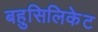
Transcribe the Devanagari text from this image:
बहुसिलिकेट